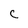
Character: C